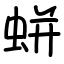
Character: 蛢